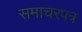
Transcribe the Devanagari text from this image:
समाचरपत्र